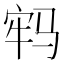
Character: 𩧷